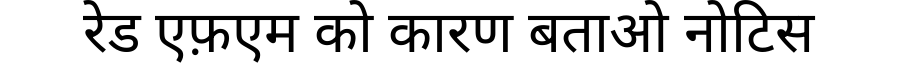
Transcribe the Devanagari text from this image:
रेड एफ़एम को कारण बताओ नोटिस